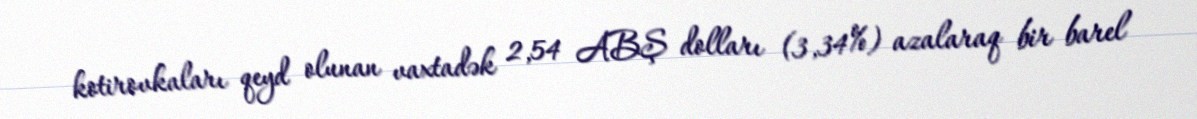
kotirovkaları qeyd olunan vaxtadək 2,54 ABŞ dolları (3,34%) azalaraq bir barel